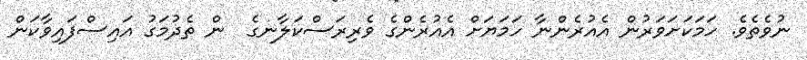
ނުވެތެވެ. ހަމަކަށަވަރުން އެއުރެންނާ ހަމަޔަށް އެއުރެންގެ ވެރިރަސްކަލާނގެ  ން ތެދުމަގު އައިސްފައިވާކަން